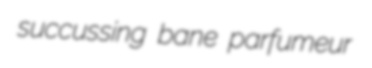
succussing bane parfumeur